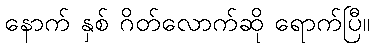
နောက် နှစ် ဂိတ်လောက်ဆို ရောက်ပြီ။